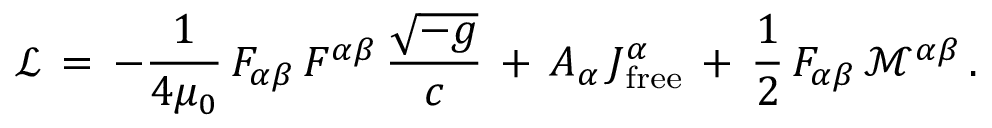
{ \mathcal { L } } \, = \, - { \frac { 1 } { 4 \mu _ { 0 } } } \, F _ { \alpha \beta } \, F ^ { \alpha \beta } \, { \frac { \sqrt { - g } } { c } } \, + \, A _ { \alpha } \, J _ { \mathrm { f r e e } } ^ { \alpha } \, + \, { \frac { 1 } { 2 } } \, F _ { \alpha \beta } \, { \mathcal { M } } ^ { \alpha \beta } \, .